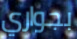
بجواري